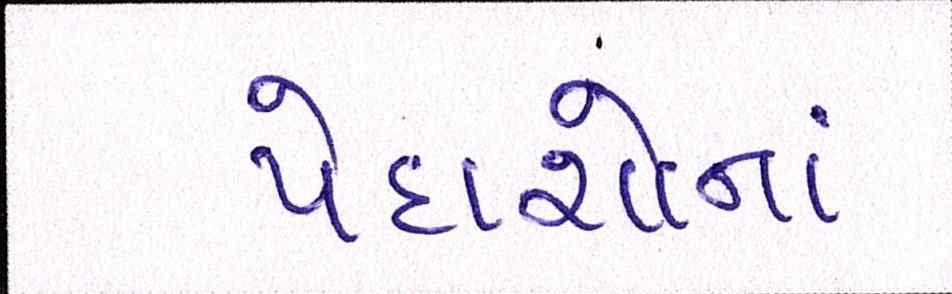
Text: પેદાશોનાં